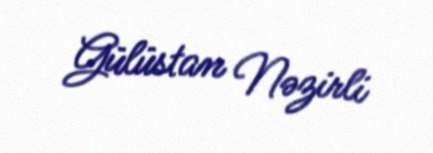
Gülüstan Nəzirli